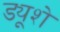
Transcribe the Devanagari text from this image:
ड्यूशे